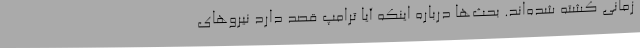
زمانی کشته شده‌اند. بحث‌ها درباره اینکه آیا ترامپ قصد دارد نیروهای